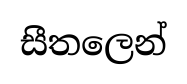
සීතලෙන්